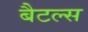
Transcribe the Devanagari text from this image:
बैटल्स